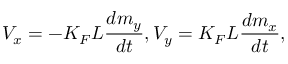
V _ { x } = - K _ { F } L \frac { d m _ { y } } { d t } , V _ { y } = K _ { F } L \frac { d m _ { x } } { d t } ,